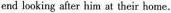
end looking after him at their home.